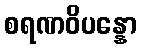
စရဏဝိပန္နော